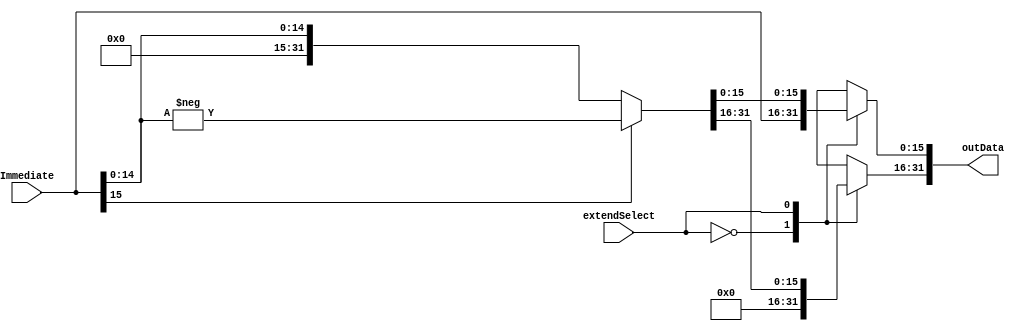
`timescale 1ns / 1ps
//////////////////////////////////////////////////////////////////////////////////
// Company: 
// Engineer: 
// 
// Design Name: 
// Module Name:    Extend 
// Project Name: 
// Target Devices: 
// Tool versions: 
// Description: 
//
// Dependencies: 
//
// Revision: 
// Revision 0.01 - File Created
// Additional Comments: 
//
//////////////////////////////////////////////////////////////////////////////////
module Extend(
    input [16:1] Immediate,
    input extendSelect,
    output reg [32:1] outData
    );

    always @(Immediate or extendSelect)begin
        case(extendSelect)
            1'b0:begin //zero extend
                outData[16:1]=Immediate;
                outData[32:17]=16'h0000;
            end

            1'b1:begin //sign extend
                outData[15:1]=Immediate[15:1];
                outData[32:16]=17'b0;
                if(Immediate[16]==1)begin
                    outData=-outData;
                end
                else
                    ;
            end

            default:begin
                outData=0;
                $display($time," extendSelect no match .\n");
            end
        endcase
    end

endmodule